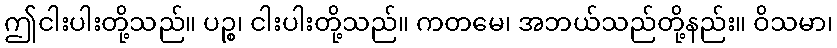
ဤငါးပါးတို့သည်။ ပဉ္စ၊ ငါးပါးတို့သည်။ ကတမေ၊ အဘယ်သည်တို့နည်း။ ဝိသမာ၊